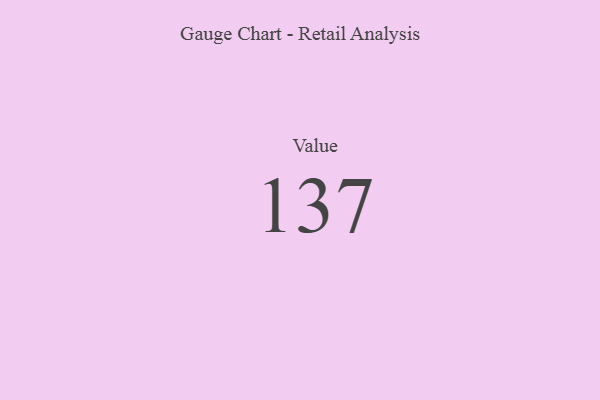
{"axis": {"x": "Metric", "y": "Value"}, "legend": [""], "data": [{"x": "Value", "y": 137, "type": ""}]}